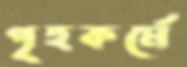
গৃহকর্মে